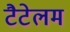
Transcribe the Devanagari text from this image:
टैटेलम